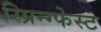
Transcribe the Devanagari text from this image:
स्प्रिन्ग्फेस्ट